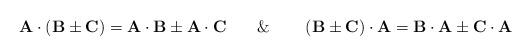
LaTeX: \begin{align*}\mathbf{A}\cdot\left(\mathbf{B}\pm\mathbf{C}\right)=\mathbf{A}\cdot\mathbf{B}\pm\mathbf{A}\cdot\mathbf{C}\,\,\,\,\,\,\,\,\,\,\,\&\,\,\,\,\,\,\,\,\,\,\,\,\left(\mathbf{B}\pm\mathbf{C}\right)\cdot\mathbf{A}=\mathbf{B}\cdot\mathbf{A}\pm\mathbf{C}\cdot\mathbf{A}\end{align*}